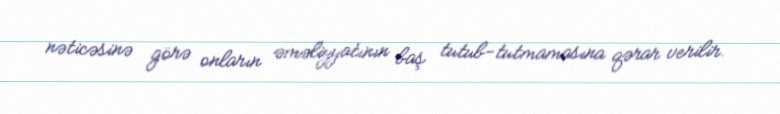
nəticəsinə görə onların əməliyyatının baş tutub-tutmamasına qərar verilir.